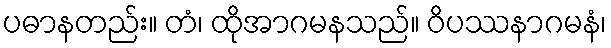
ပဓာနတည်း။ တံ၊ ထိုအာဂမနသည်။ ဝိပဿနာဂမနံ၊